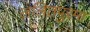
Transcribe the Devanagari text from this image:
ललितपुरमा